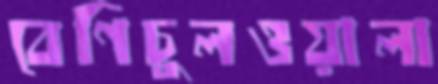
বেণিচুলওয়ালা